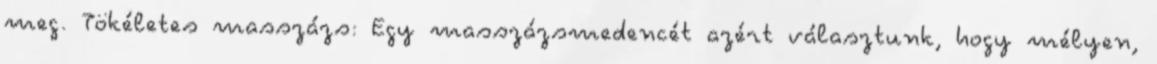
meg. Tökéletes masszázs: Egy masszázsmedencét azért választunk, hogy mélyen,